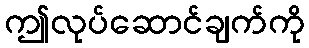
ဤလုပ်ဆောင်ချက်ကို